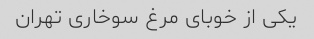
یکی از خوبای مرغ سوخاری تهران